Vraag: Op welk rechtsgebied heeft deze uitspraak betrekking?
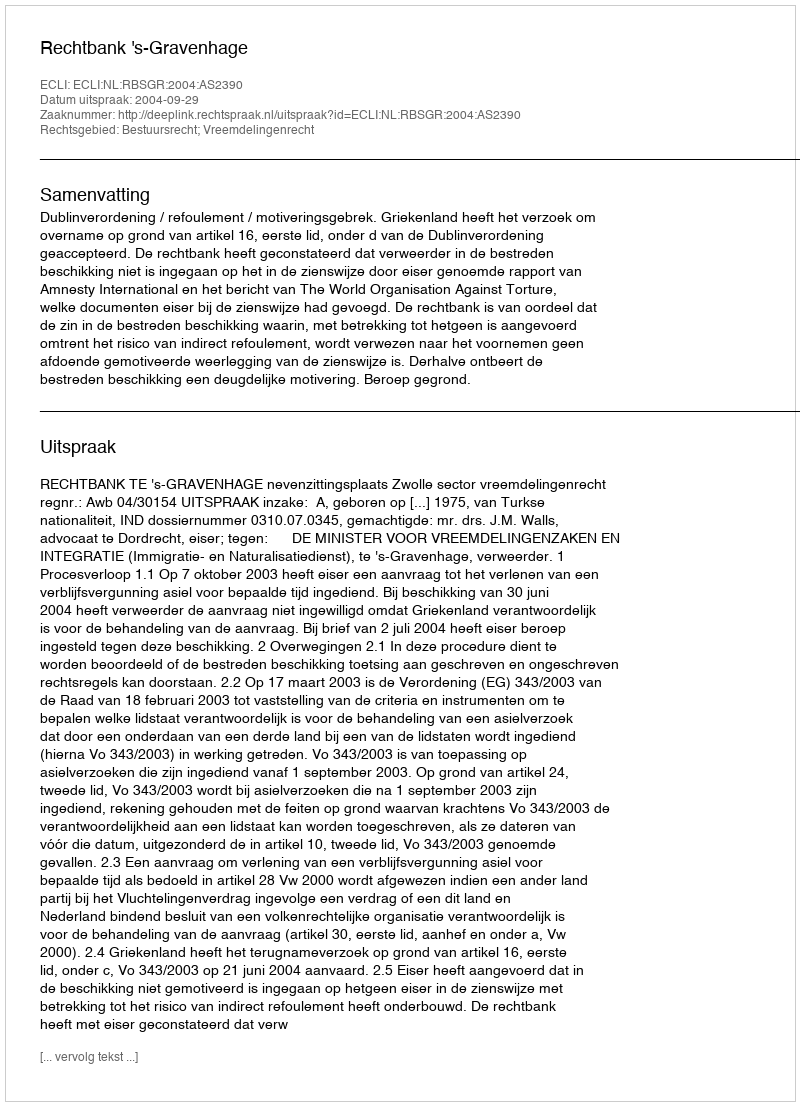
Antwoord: Bestuursrecht; Vreemdelingenrecht